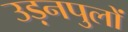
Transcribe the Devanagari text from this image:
उड़नपुलों